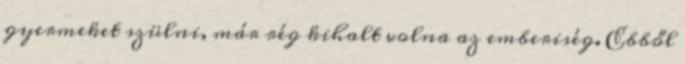
gyermeket szülni, már rég kihalt volna az emberiség. Ebből